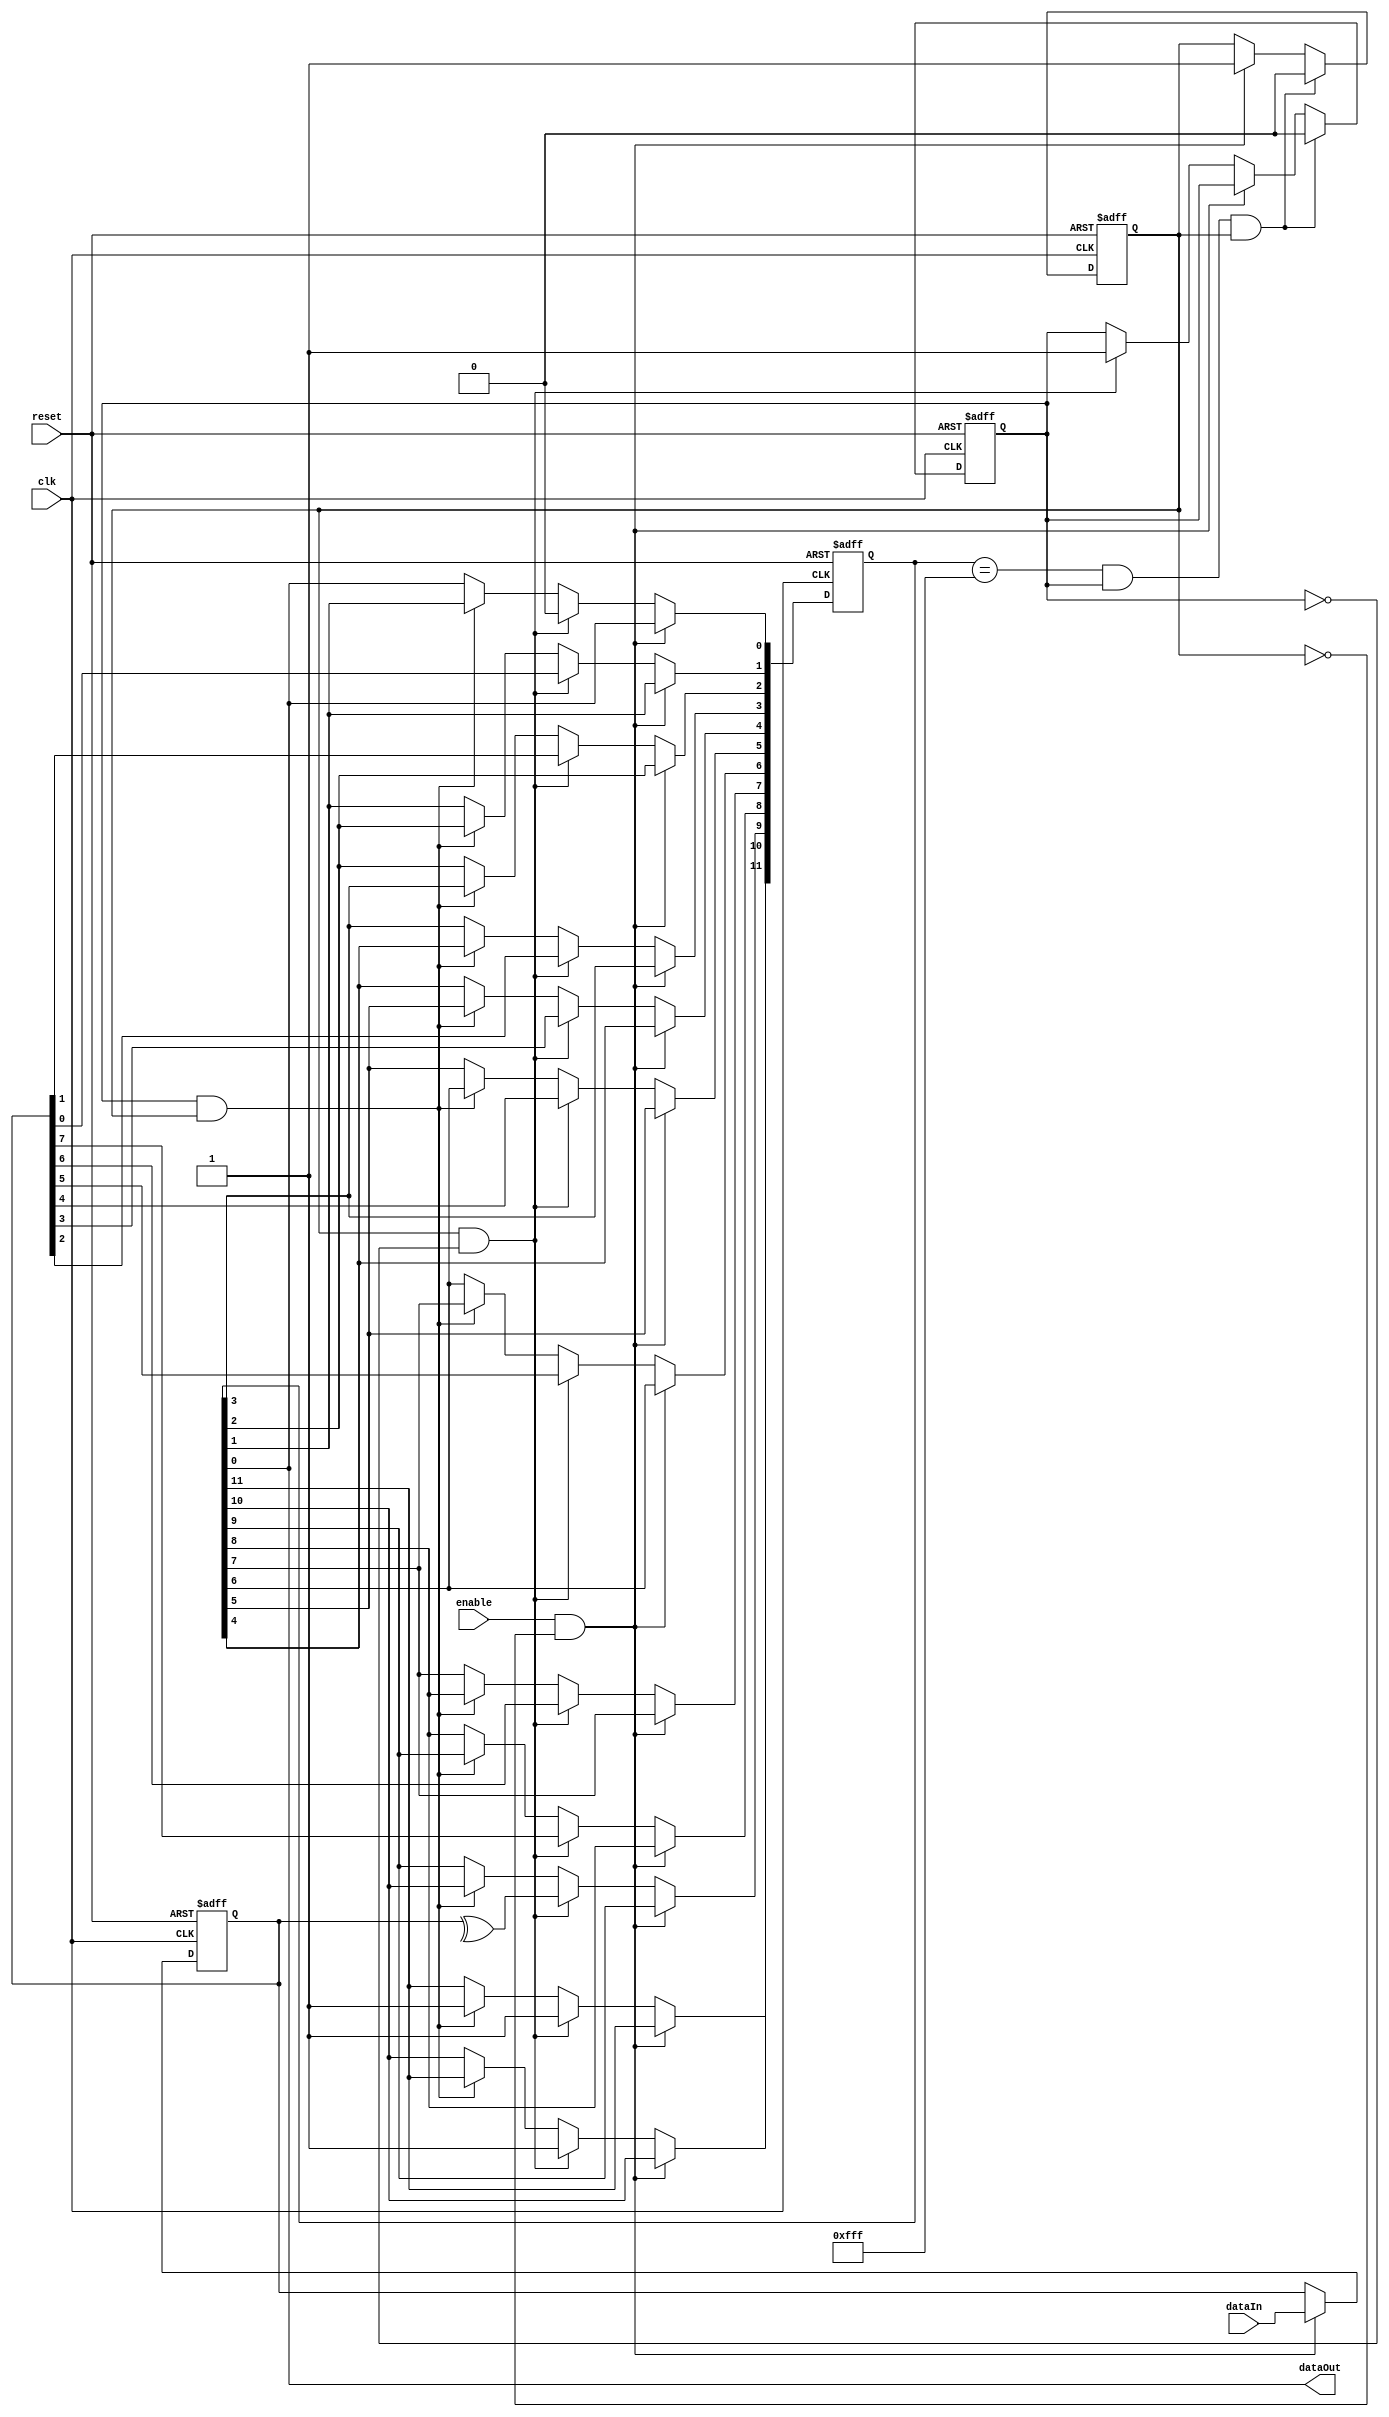


module transmitter (enable,clk,dataIn,dataOut,reset);  //clk here means ticker
  input clk,enable;
  input [7:0] dataIn;
  input reset;
  output dataOut;
  
  reg [11:0] packet;
  reg [3:0] i;
  reg [7:0] data_buffer;
  reg busy_flag,packet_ready_flag;
  

/*
  initial
  begin
    packet[11:0] <= 12'b111111111111;
    data_buffer[7:0] <=8'b00000000;
    busy_flag <=1'b0;
    packet_ready_flag <=1'b0;
  end
*/

  assign dataOut = packet[0];  // the output is the LSB of the packet shift register
  
always @(posedge clk or negedge reset)

  begin
  if(~reset)
    begin
    packet[11:0] <= 12'b111111111111;
    data_buffer[7:0] <=8'b00000000;
    busy_flag <=1'b0;
    packet_ready_flag <=1'b0; 
    end
    
 else
 begin 
   
  if(enable && ~busy_flag)
    begin 
      data_buffer[7:0] <= dataIn[7:0];
      busy_flag <= 1'b1;     //insures reading the data bus happens once
    end
    
    
  else if (busy_flag && ~packet_ready_flag)
    begin 
      packet <= {2'b11,^data_buffer,data_buffer[7:0],1'b0}; // 2 stop bits and even parity
      packet_ready_flag <= 1'b1;   //insures forming the packet happens once
    end
    
  else if (packet_ready_flag && busy_flag)
    for (i=0;i<11;i=i+1)
      begin
        packet[11] <= 1'b1; // shift in 1's to the MSB
        packet[i] <= packet[i+1]; //shifts the whole packet to the right
      end
      
 
  if (packet[11:0]==12'b111111111111 && packet_ready_flag && busy_flag) // when the packet is sent and the line is idle
    begin 
      packet_ready_flag <=1'b0;
      busy_flag <=1'b0;
    end
  end
  end
endmodule